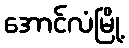
အောင်လံမြို့